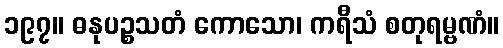
၁၉၇။ ဓနုပဉ္စသတံ ကောသော၊ ကရီသံ စတုရမ္ဗဏံ။